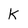
Character: k